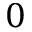
0